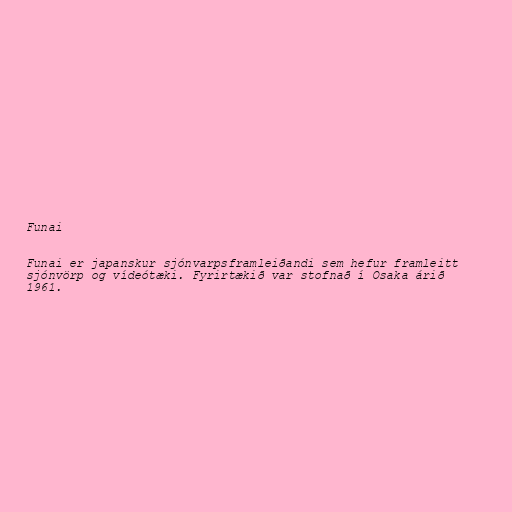
Funai

Funai er japanskur sjónvarpsframleiðandi sem hefur framleitt
sjónvörp og vídeótæki. Fyrirtækið var stofnað í Osaka árið
1961.